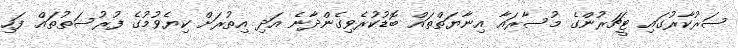
ސަރުކާރުގައި ޓީޗަރުންގެ މުސާރައާ އިނާޔަތްތައް ބޮޑުކުރެވިގެންދާނެ އަދި އިތުރަށް ކިޔެވުމުގެ ފުރުސަތުތައް ފަހި